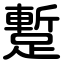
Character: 蹔